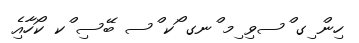
ހިން ިގ ްސވި ިމ ްނގ ޯކ ްސ ބޭސި ްކ ކޯހާއިެ